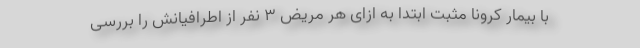
با بیمار کرونا مثبت ابتدا به ازای هر مریض ۳ نفر از اطرافیانش را بررسی